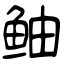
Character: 鲉